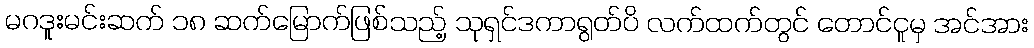
မဂဒူးမင်းဆက် ၁၈ ဆက်မြောက်ဖြစ်သည့် သုရှင်ဒကာရွတ်ပိ လက်ထက်တွင် တောင်ငူမှ အင်အား